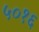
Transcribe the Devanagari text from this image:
५०१६